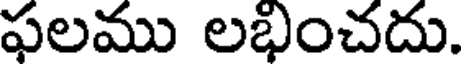
ఫలము లభించదు.